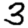
Digit: 3